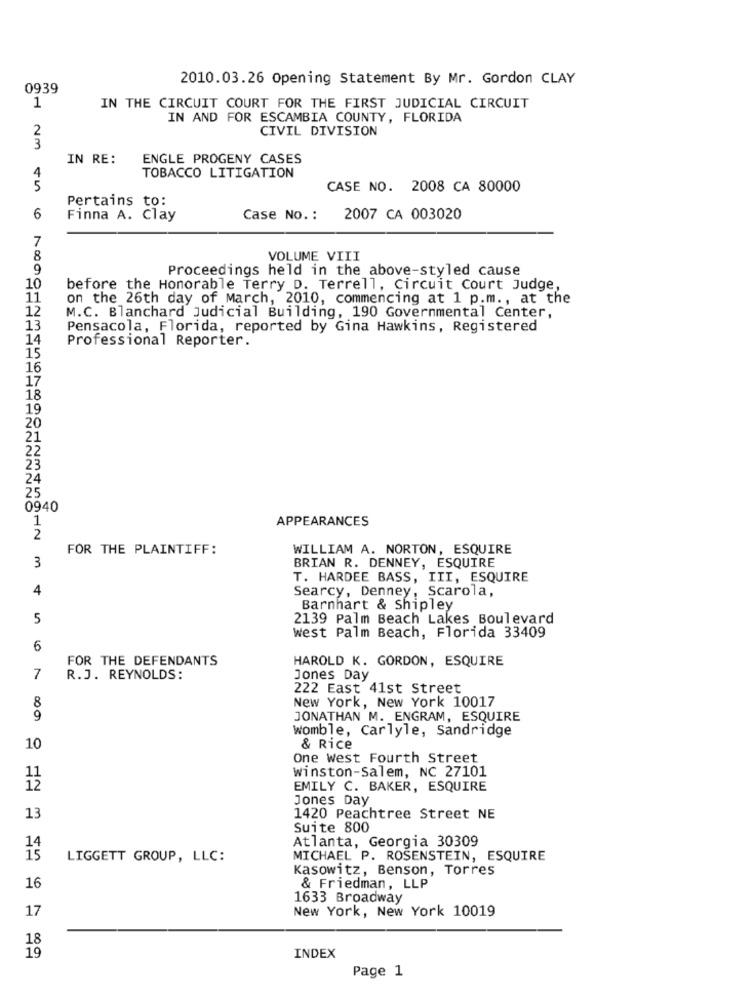
2010.03.26 Opening Statement By Mr. Gordon CLAY
0939
1
IN THE CIRCUIT COURT FOR THE FIRST JUDICIAL CIRCUIT
IN AND FOR ESCAMBIA COUNTY, FLORIDA
2
CIVIL DIVISION
3
IN RE:
ENGLE PROGENY CASES
4
TOBACCO LITIGATION
5
CASE NO. 2008 CA 80000
Pertains to:
6
Finna A. Clay
Case No. :
2007 CA 003020
7
8
VOLUME VIII
9
Proceedings held in the above-styled cause
10
before the Honorable Terry D. Terrell, Circuit Court Judge,
11
on the 26th day of March, 2010, commencing at 1 p.m ., at the
12
M.C. Blanchard Judicial Building, 190 Governmental Center,
13
Pensacola, Florida, reported by Gina Hawkins, Registered
14
Professional Reporter.
15
16
17
18
19
20
21
22
23
24
25
0940
1
APPEARANCES
2
FOR THE PLAINTIFF:
WILLIAM A. NORTON, ESQUIRE
3
BRIAN R. DENNEY, ESQUIRE
T. HARDEE BASS, III, ESQUIRE
4
Searcy, Denney, Scarola,
Barnhart & Shipley
5
2139 Palm Beach Lakes Boulevard
West Palm Beach, Florida 33409
6
FOR THE DEFENDANTS
HAROLD K. GORDON, ESQUIRE
7
R.J. REYNOLDS:
Jones Day
222 East 41st Street
8
New York, New York 10017
9
JONATHAN M. ENGRAM, ESQUIRE
Womble, Carlyle, Sandridge
10
& Rice
One West Fourth Street
winston-Salem, NC 27101
EMILY C. BAKER, ESQUIRE
Jones Day
13
1420 Peachtree Street NE
Suite 800
Atlanta, Georgia 30309
14
15
LIGGETT GROUP, LLC:
MICHAEL P. ROSENSTEIN, ESQUIRE
Kasowitz, Benson, Torres
16
& Friedman, LLP
1633 Broadway
17
New York, New York 10019
18
19
INDEX
Page 1